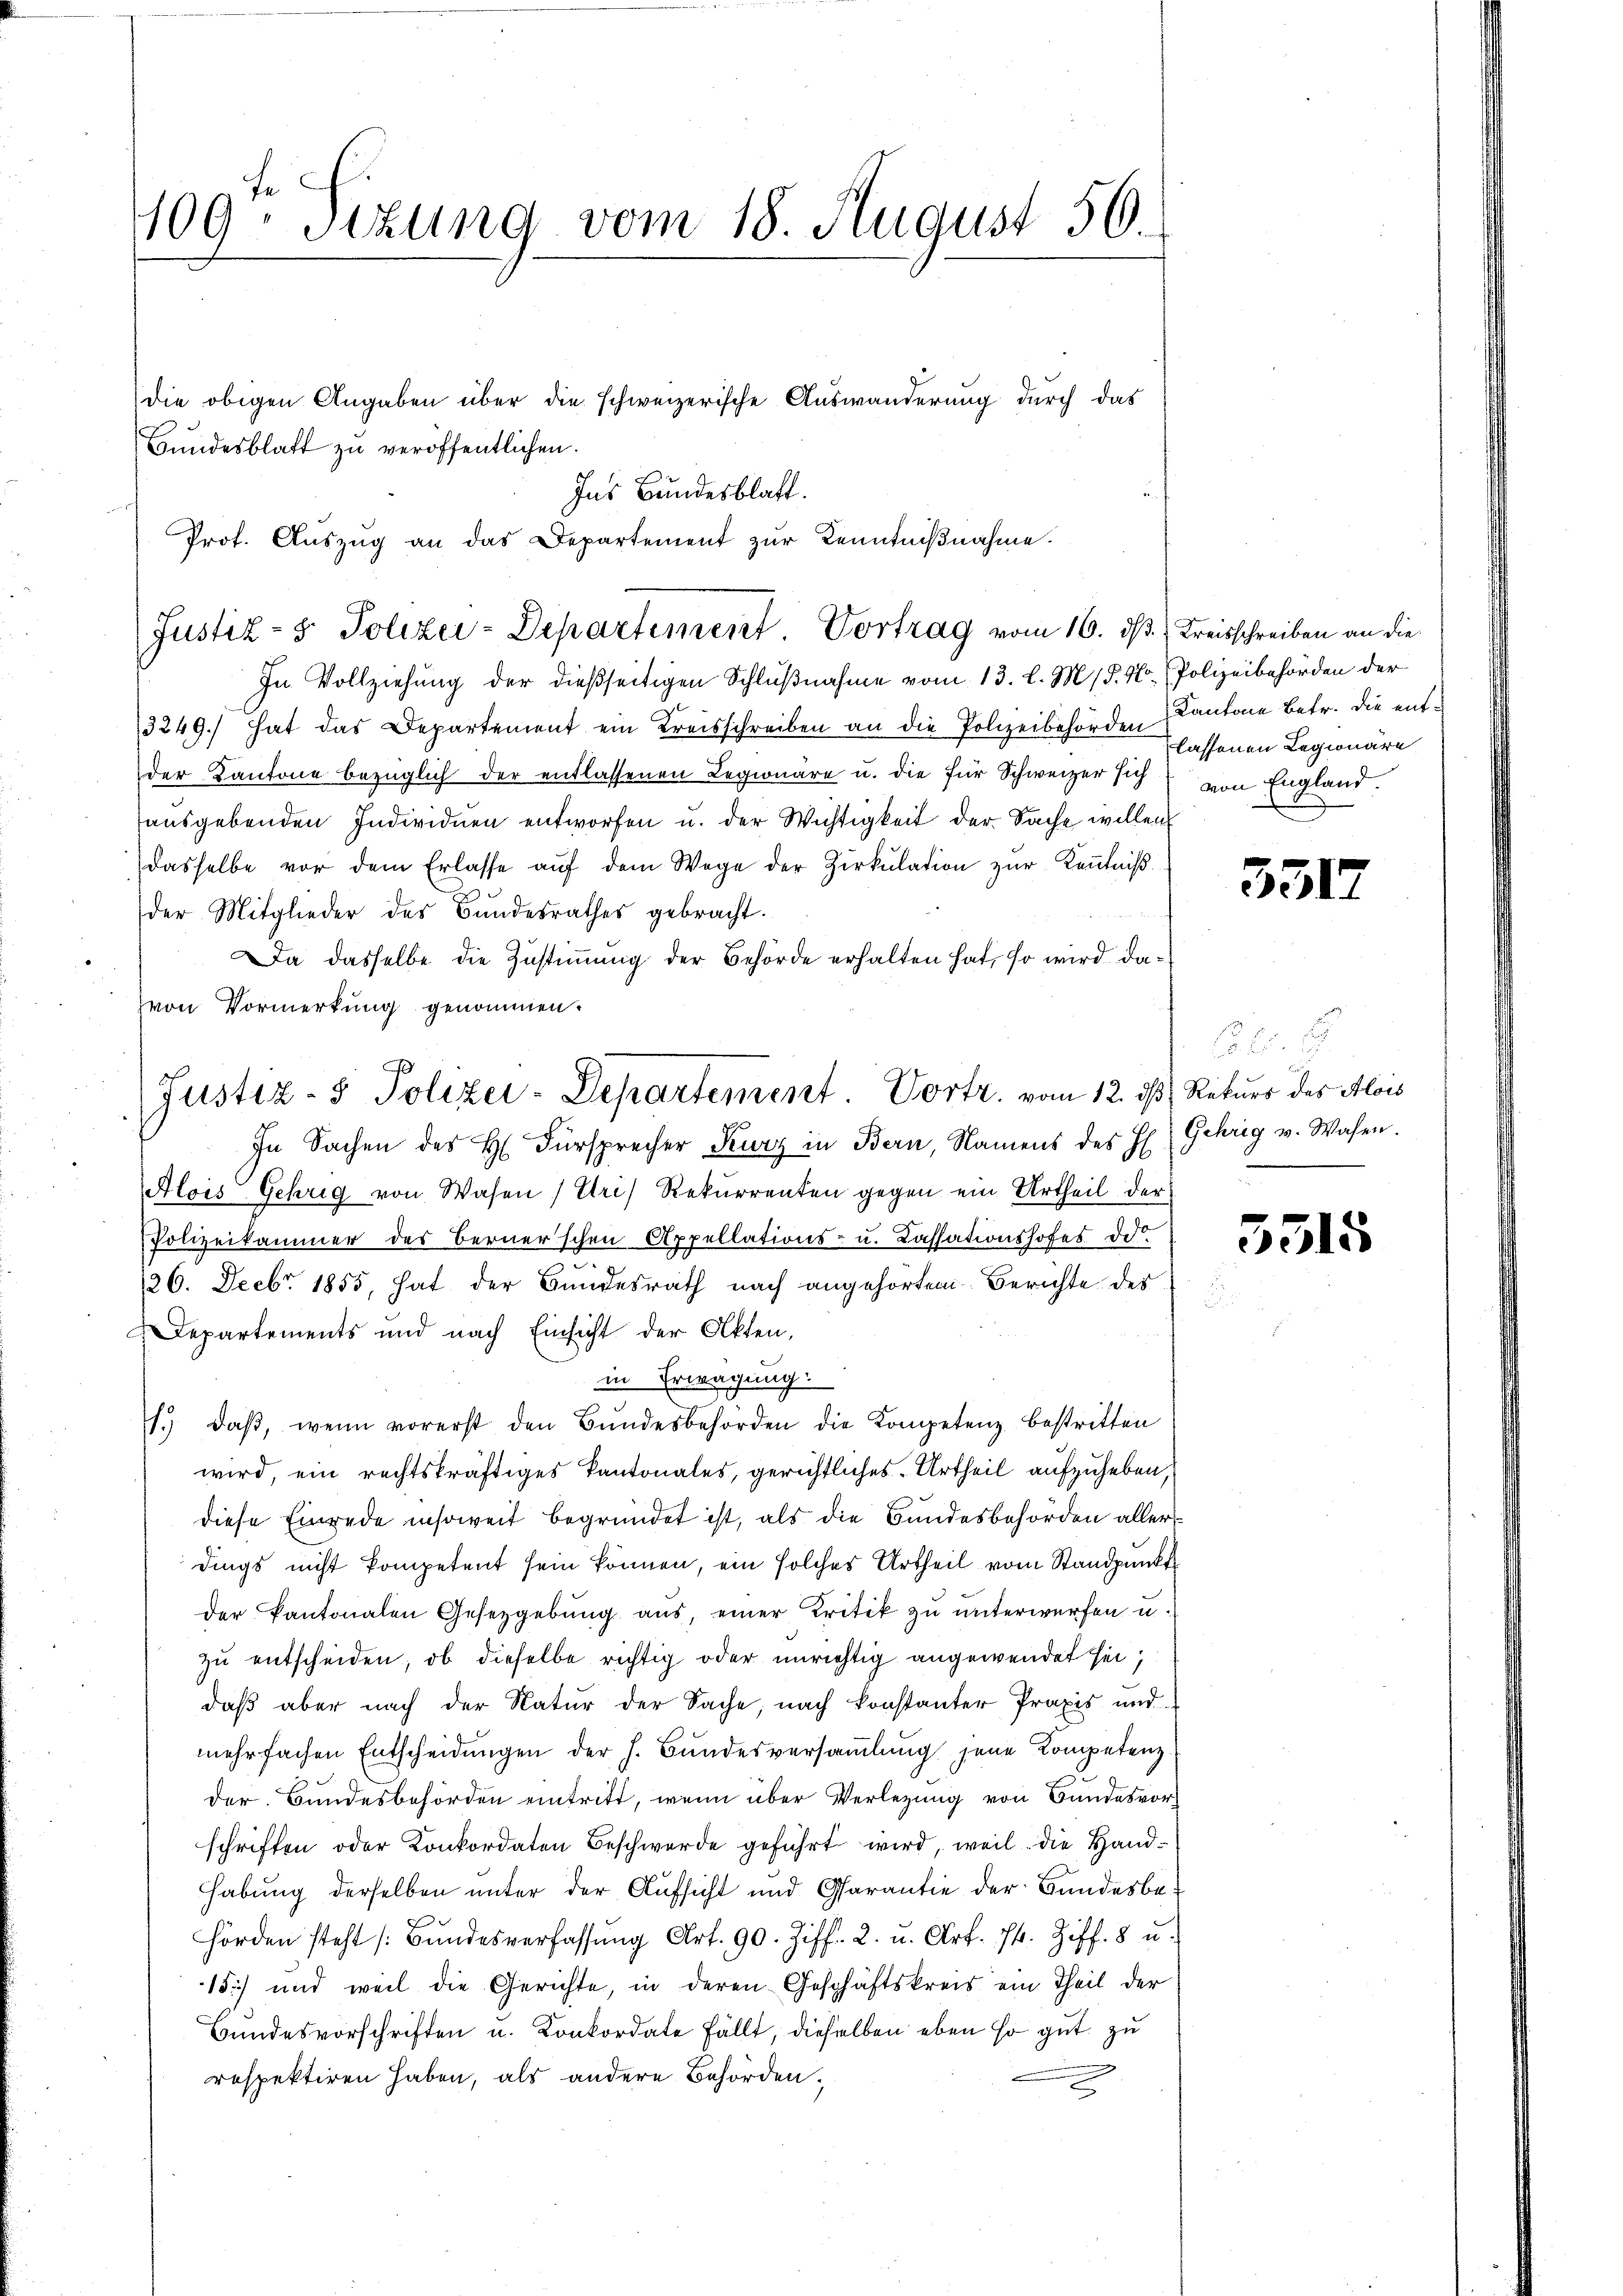
409. Sizung vom 18. August 56.
die obigen Angaben über die schweizerische Auswanderung durch das
Bundesblatt zu veröffentlichen.

Ins Bundesblatt.
Prot. Auszug an das Departement zur Kenntnißnahme.

Justiz- & Polizei-Departement Vortrag vom 16. ds. Kreisschreiben an die

In Vollziehung der dießseitigen Schlußnahme vom 13. l. M. (S. No. Polizeibehörden der
3249.) hat das Departement ein Kreisschreiben an die Polizeibehörden Kantone Betr. die entder Kantone bezüglich der entlassenen Legionäre u. die für Schweizer sich
aŭsgebenden Individuen entworfen u. der Wichtigkeit der Sache willen
dasselbe vor dem Erlasse aŭf dem Wege der Zirkŭlation zŭr Keṅtniβ
der Mitglieder des Bundesrathes gebracht.
Da dasselbe die Zustimmung der Behörde erhalten hat, so wird davon Vormerkung genommen.
In Sachen des H. Fürsprecher Kurz in Bern, Namens des H. Gehrig v. Wasen.
Alois Gehrig von Wasen (Uri) Rekurrenten gegen ein Urtheil der
Polizeikammer des Berner'schen Appellations- u. Cassationshofes de
126. Decbr 1855, hat der Bundesrath nach angehörten Berichte des
Departements und nach Einsicht der Akten,
in Erwägung:
1. daβ, wenn vorerst den Bŭndesbehörden die Kompetenz bestritten
wird, ein rechtskräftiges Kantonales, gerichtliches Urtheil aufzuheben,
diese Einrede insoweit begründet ist, als die Bundesbehörden allerdings nicht kompetent sein können, ein solches Urtheil vom Standpunkt
der Kantonalen Gesetzgebung aŭs, einer Kritik zu unterwürfen u.
zu entscheiden, ob dieselbe richtig oder unrichtig angewendet sei;
daß aber nach der Natur der Sache, nach konstanter Praxis und
mehrfachen Entscheidŭngen der h. Bŭndesversaṁlŭng jene Kompetenz
der Bundesbehörden eintritt, wenn über Verlegung von Bundesvorschriften oder Konkordaten Beschwerde geführt wird, weil die Hand-
Habung derselben unter der Aufsicht und Garantie der Bundesbehörden steht (Bundesverfassŭng Art. 90. Ziff. 2. u. Art. 74. Ziff. 8 u.
1) und weil die Gerichte, in deren Geschäftskreis ein Theil der
Bundesvorschriften u. Konkordate fällt, dieselben eben so gut zu
respektiren haben, als andere Behördene

Justiz- & Polizei-Departement. Vortr. vom 12. daß Rekurs des Alois

lassenen Legionäre
von England.

3517

65. 6. 1

5515